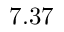
7 . 3 7